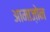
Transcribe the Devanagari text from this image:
आमाज़ोन